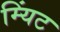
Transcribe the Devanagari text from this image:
म्यिंट